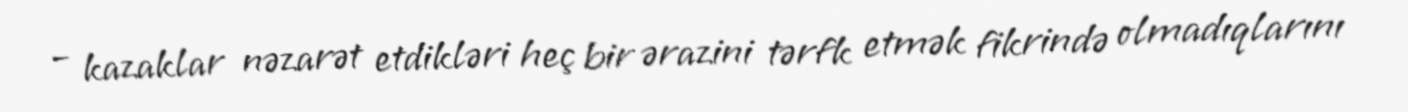
– kazaklar nəzarət etdikləri heç bir ərazini tərfk etmək fikrində olmadıqlarını